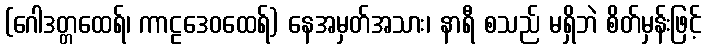
(ဂေါဒတ္တထေရ်၊ ကာဠဒေဝထေရ်) နေအမှတ်အသား၊ နာရီ စသည် မရှိဘဲ စိတ်မှန်းဖြင့်